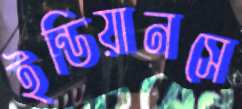
ইন্ডিয়ানসে